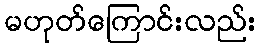
မဟုတ်ကြောင်းလည်း